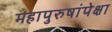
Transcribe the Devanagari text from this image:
महापुरुषांपेक्षा